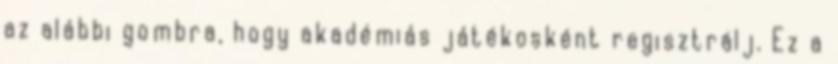
az alábbi gombra, hogy akadémiás játékosként regisztrálj. Ez a